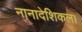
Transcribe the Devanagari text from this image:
नानादेशिकल।